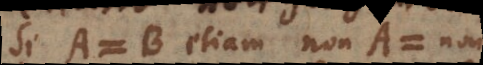
Si A = B, etiam non-A = non-B.